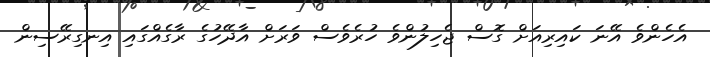
އެހެންވެ އޭނަ ކައިރިއަށް ގޮސް ޖެހިލުންވެ ހުރެވެސް ވަރަށް އާދޭހުގެ ރާގެއްގައި އިނގިރޭސިން